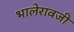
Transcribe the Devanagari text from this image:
भालेरावजी